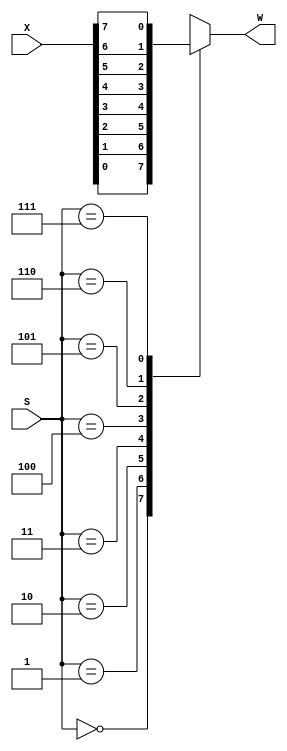
`timescale 1ns / 1ns
module mux_8_1(
	output reg W,
	input [7:0] X,
	input [2:0] S
);

always @(*) begin
	case(S)
		3'b000: W <= X[0];
		3'b001: W <= X[1];
		3'b010: W <= X[2];
		3'b011: W <= X[3];
		3'b100: W <= X[4];
		3'b101: W <= X[5];
		3'b110: W <= X[6];
		3'b111: W <= X[7];
	endcase
end

endmodule